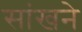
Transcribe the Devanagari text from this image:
सांखने